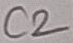
Text: C2